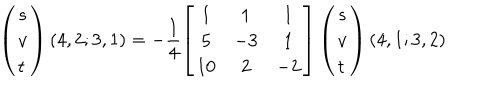
\left( \begin{array} { l } { { s } } \\ { { v } } \\ { { t } } \\ \end{array} \right) ( 4 , 2 ; 3 , 1 ) = - \frac { 1 } { 4 } \left[ \begin{array} { c c c } { { 1 } } & { { 1 } } & { { 1 } } \\ { { 5 } } & { { - 3 } } & { { 1 } } \\ { { 1 0 } } & { { 2 } } & { { - 2 } } \\ \end{array} \right] \left( \begin{array} { l } { { s } } \\ { { v } } \\ { { t } } \\ \end{array} \right) ( 4 , 1 ; 3 , 2 )